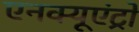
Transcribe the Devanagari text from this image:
एनक्यूएंट्रो